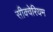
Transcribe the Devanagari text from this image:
सीक्वेरियम